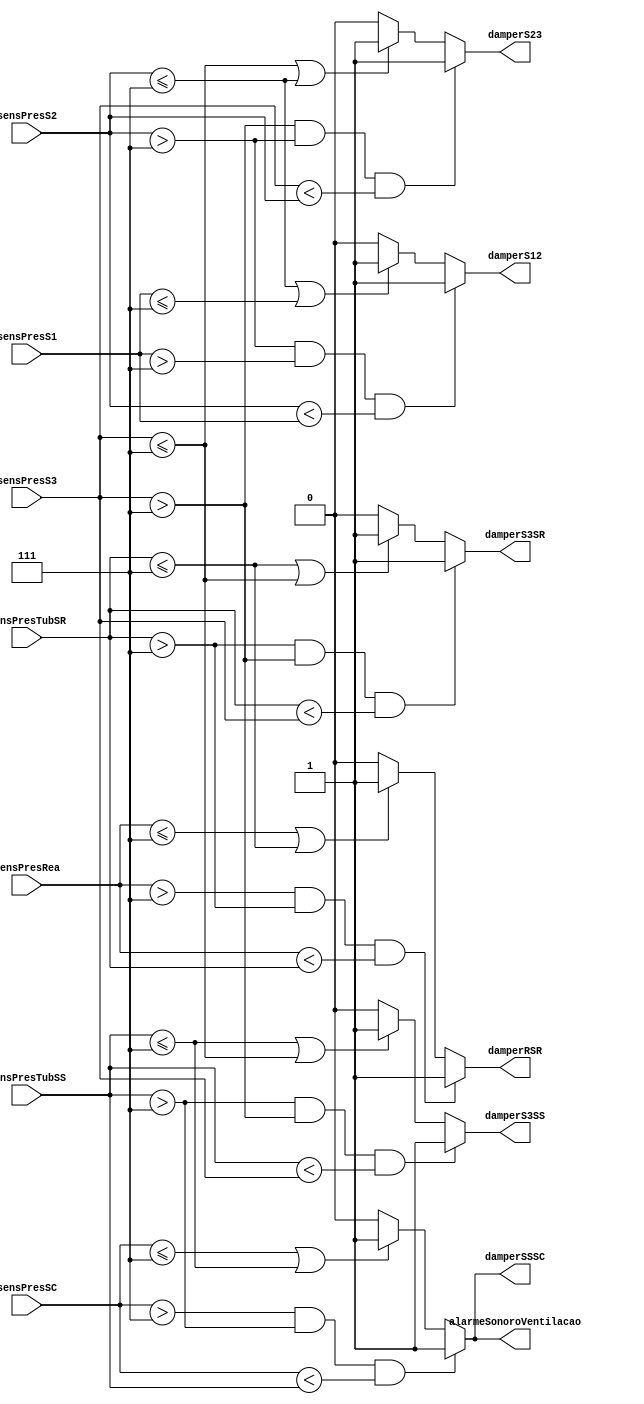
module sistemaDeVentilacao(sensPresSC, sensPresS1, sensPresS2, sensPresS3, sensPresTubSR, sensPresTubSS, sensPresRea, alarmeSonoroVentilacao, damperS12, damperS23, damperS3SS, damperS3SR, damperSSSC, damperRSR);
    input[3:0] sensPresSC, sensPresS1, sensPresS2, sensPresS3, sensPresTubSR, sensPresTubSS, sensPresRea;
    output reg alarmeSonoroVentilacao, damperS12, damperS23, damperS3SS, damperS3SR, damperSSSC, damperRSR;
    always @(*)
        begin
            alarmeSonoroVentilacao = 1'b0;
            damperS12 = 1'b0;
            damperS23 = 1'b0;
            damperS3SS = 1'b0;
            damperS3SR = 1'b0;
            damperSSSC = 1'b0;
            damperRSR = 1'b0;
            //Obs todas as presses estao em complemento de 2
            if((sensPresRea > 4'b0111) && (sensPresTubSR > 4'b0111) && (sensPresRea < sensPresTubSR))
                begin damperRSR=1'b1; end
            else if((sensPresRea <= 4'b0111)||(sensPresTubSR <= 4'b0111))
                begin damperRSR=1'b1; end
            
            if((sensPresTubSR > 4'b0111)&&(sensPresS3 > 4'b0111) && (sensPresTubSR < sensPresS3))
                begin damperS3SR=1'b1; end
            else if((sensPresTubSR <= 4'b0111)||(sensPresS3 <= 4'b0111))
                begin damperS3SR=1'b1; end
            
            if((sensPresS3 > 4'b0111)&&(sensPresS2 > 4'b0111) && (sensPresS3 < sensPresS2))
                begin damperS23=1'b1; end
            else if((sensPresS3 <= 4'b0111)||(sensPresS2 <= 4'b0111))
                begin damperS23=1'b1; end
            
            if((sensPresS2 > 4'b0111)&&(sensPresS1 > 4'b0111) && (sensPresS2 < sensPresS1))
                begin damperS12=1'b1;end
            else if((sensPresS2 <= 4'b0111)||(sensPresS1 <= 4'b0111))
                begin damperS12=1'b1; end
                
            if((sensPresTubSS > 4'b0111)&&(sensPresS3 > 4'b0111) && (sensPresTubSS < sensPresS3))
                begin damperS3SS=1'b1; end
            else if((sensPresTubSS <= 4'b0111)||(sensPresS3 <= 4'b0111))
                begin damperS3SS = 1'b1; end
            
            if((sensPresSC > 4'b0111)&&(sensPresTubSS > 4'b0111) && (sensPresSC < sensPresTubSS))
                begin damperSSSC=1'b1; alarmeSonoroVentilacao=1'b1; end
            else if((sensPresSC <= 4'b0111)||(sensPresTubSS <= 4'b0111))
                begin damperSSSC=1'b1; alarmeSonoroVentilacao=1'b1; end
        end
endmodule